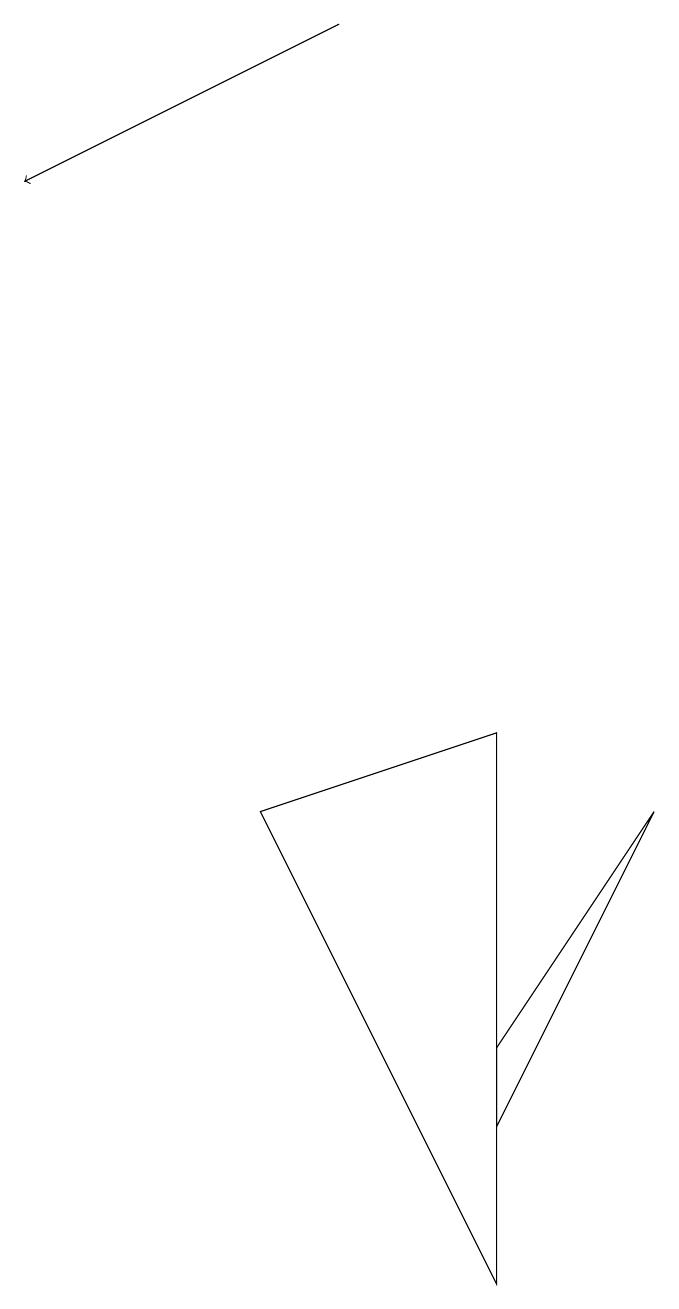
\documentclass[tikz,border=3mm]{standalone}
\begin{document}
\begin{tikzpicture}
\draw (6,3) -- (8,6) -- (6,2) -- cycle;
\draw (3,6) -- (6,0) -- (6,7) -- cycle;
\draw[->] (4,16) -- (0,14);
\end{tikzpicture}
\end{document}